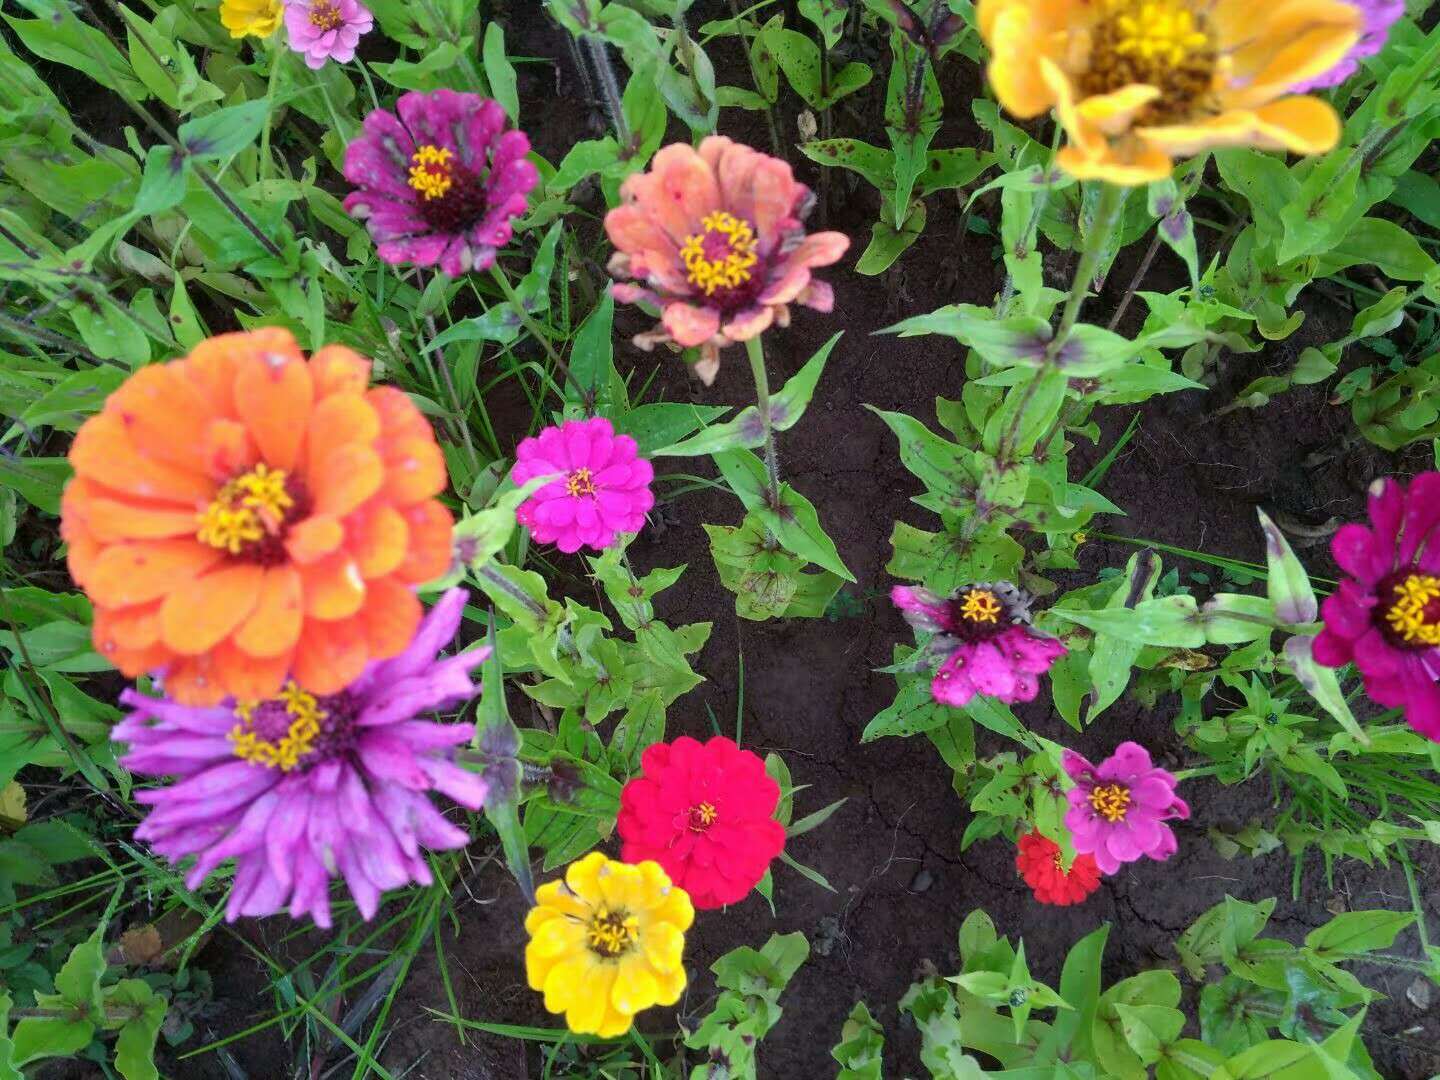
沙岸菊开花，霜枝果垂实。